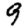
Digit: 9